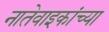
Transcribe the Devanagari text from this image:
नातेवाइकांच्या